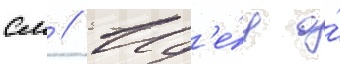
см // Ид'е́я о́